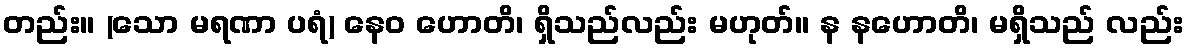
တည်း။ (သော မရဏာ ပရံ) နေဝ ဟောတိ၊ ရှိသည်လည်း မဟုတ်။ န နဟောတိ၊ မရှိသည် လည်း